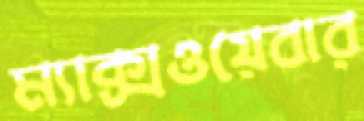
ম্যাক্সওয়েবার